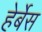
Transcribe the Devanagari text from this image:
हेर्बेस